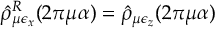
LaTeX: \hat { \rho } _ { \mu \epsilon _ { x } } ^ { R } ( 2 \pi \mu \alpha ) = \hat { \rho } _ { \mu \epsilon _ { z } } ( 2 \pi \mu \alpha ) ~ ~ ~